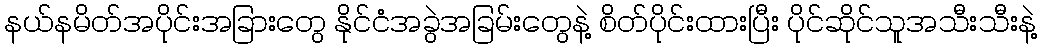
နယ်နမိတ်အပိုင်းအခြားတွေ နိုင်ငံအခွဲအခြမ်းတွေနဲ့ စိတ်ပိုင်းထားပြီး ပိုင်ဆိုင်သူအသီးသီးနဲ့